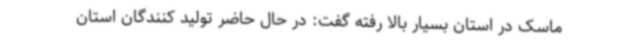
ماسک در استان بسیار بالا رفته گفت: در حال حاضر تولید کنندگان استان